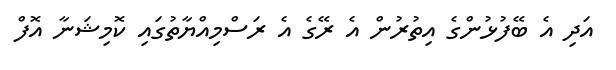
އަދި އެ ބޭފުޅުންގެ އިތުރުން އެ ރޭގެ އެ ރަސްމިއްޔާތުގައި ކޮމިޝަނާ އޮފް